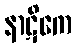
နာဋိကေ